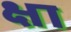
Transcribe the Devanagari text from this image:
क्षा